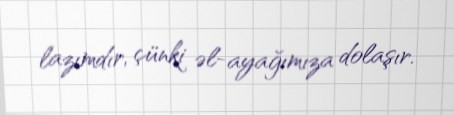
lazımdır, çünki əl-ayağımıza dolaşır.